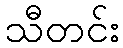
သီတင်း